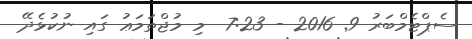
ސެޕްޓެމްބަރު 9